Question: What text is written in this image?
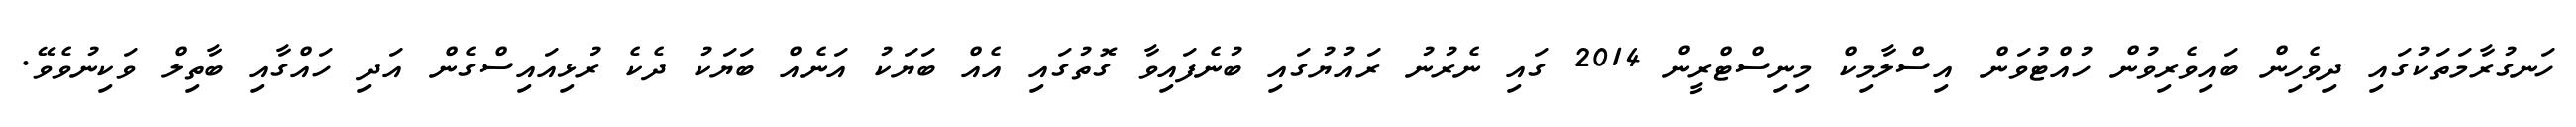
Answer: ހަނގުރާމަތަކުގައި ދިވެހިން ބައިވެރިވުން ހުއްޓުވަން އިސްލާމިކް މިނިސްޓްރީން 2014 ގައި ނެރުނު ރައުޔުގައި ބުނެފައިވާ ގޮތުގައި އެއް ބަޔަކު އަނެއް ބަޔަކު ދެކެ ރުޅިއައިސްގެން އަދި ހައްގާއި ބާތިލް ވަކިނުވެވޭ.